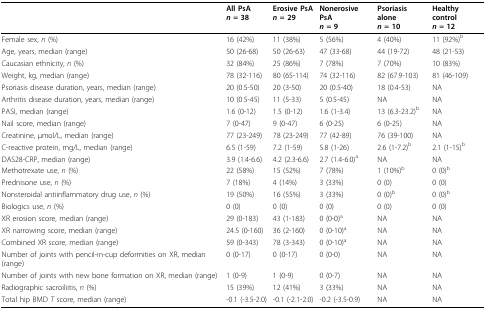
<table><thead><tr><td></td><td><b>All PsA<i>n </i>= 38</b></td><td><b>Erosive PsA<i>n </i>= 29</b></td><td><b>Nonerosive PsA<i>n </i>= 9</b></td><td><b>Psoriasis alone<i>n </i>= 10</b></td><td><b>Healthy control<i>n </i>= 12</b></td></tr></thead><tbody><tr><td>Female sex, <i>n </i>(%)</td><td>16 (42%)</td><td>11 (38%)</td><td>5 (56%)</td><td>4 (40%)</td><td>11 (92%)<sup>b</sup></td></tr><tr><td>Age, years, median (range)</td><td>50 (26-68)</td><td>50 (26-63)</td><td>47 (33-68)</td><td>44 (19-72)</td><td>48 (21-53)</td></tr><tr><td>Caucasian ethnicity, <i>n </i>(%)</td><td>32 (84%)</td><td>25 (86%)</td><td>7 (78%)</td><td>7 (70%)</td><td>10 (83%)</td></tr><tr><td>Weight, kg, median (range)</td><td>78 (32-116)</td><td>80 (65-114)</td><td>74 (32-116)</td><td>82 (67.9-103)</td><td>81 (46-109)</td></tr><tr><td>Psoriasis disease duration, years, median (range)</td><td>20 (0.5-50)</td><td>20 (3-50)</td><td>20 (0.5-40)</td><td>18 (0.4-53)</td><td>NA</td></tr><tr><td>Arthritis disease duration, years, median (range)</td><td>10 (0.5-45)</td><td>11 (5-33)</td><td>5 (0.5-45)</td><td>NA</td><td>NA</td></tr><tr><td>PASI, median (range)</td><td>1.6 (0-12)</td><td>1.5 (0-12)</td><td>1.6 (1-3.4)</td><td>13 (6.3-23.2)<sup>b</sup></td><td>NA</td></tr><tr><td>Nail score, median (range)</td><td>7 (0-47)</td><td>9 (0-47)</td><td>6 (0-25)</td><td>6 (0-25)</td><td>NA</td></tr><tr><td>Creatinine, μmol/L, median (range)</td><td>77 (23-249)</td><td>78 (23-249)</td><td>77 (42-89)</td><td>76 (39-100)</td><td>NA</td></tr><tr><td>C-reactive protein, mg/L, median (range)</td><td>6.5 (1-59)</td><td>7.2 (1-59)</td><td>5.8 (1-26)</td><td>2.6 (1-7.2)<sup>b</sup></td><td>2.1 (1-15)<sup>b</sup></td></tr><tr><td>DAS28-CRP, median (range)</td><td>3.9 (1.4-6.6)</td><td>4.2 (2.3-6.6)</td><td>2.7 (1.4-6.0)<sup>a</sup></td><td>NA</td><td>NA</td></tr><tr><td>Methotrexate use, <i>n </i>(%)</td><td>22 (58%)</td><td>15 (52%)</td><td>7 (78%)</td><td>1 (10%)<sup>b</sup></td><td>0 (0)<sup>b</sup></td></tr><tr><td>Prednisone use, <i>n </i>(%)</td><td>7 (18%)</td><td>4 (14%)</td><td>3 (33%)</td><td>0 (0)</td><td>0 (0)</td></tr><tr><td>Nonsteroidal antiinflammatory drug use, <i>n </i>(%)</td><td>19 (50%)</td><td>16 (55%)</td><td>3 (33%)</td><td>0 (0)<sup>b</sup></td><td>0 (0)<sup>b</sup></td></tr><tr><td>Biologics use, <i>n </i>(%)</td><td>0 (0)</td><td>0 (0)</td><td>0 (0)</td><td>0 (0)</td><td>0 (0)</td></tr><tr><td>XR erosion score, median (range)</td><td>29 (0-183)</td><td>43 (1-183)</td><td>0 (0-0)<sup>a</sup></td><td>NA</td><td>NA</td></tr><tr><td>XR narrowing score, median (range)</td><td>24.5 (0-160)</td><td>36 (2-160)</td><td>0 (0-10)<sup>a</sup></td><td>NA</td><td>NA</td></tr><tr><td>Combined XR score, median (range)</td><td>59 (0-343)</td><td>78 (3-343)</td><td>0 (0-10)<sup>a</sup></td><td>NA</td><td>NA</td></tr><tr><td>Number of joints with pencil-in-cup deformities on XR, median (range)</td><td>0 (0-17)</td><td>0 (0-17)</td><td>0 (0-0)</td><td>NA</td><td>NA</td></tr><tr><td>Number of joints with new bone formation on XR, median (range)</td><td>1 (0-9)</td><td>1 (0-9)</td><td>0 (0-7)</td><td>NA</td><td>NA</td></tr><tr><td>Radiographic sacroiliitis, <i>n </i>(%)</td><td>15 (39%)</td><td>12 (41%)</td><td>3 (33%)</td><td>NA</td><td>NA</td></tr><tr><td>Total hip BMD <i>T </i>score, median (range)</td><td>-0.1 (-3.5-2.0)</td><td>-0.1 (-2.1-2.0)</td><td>-0.2 (-3.5-0.9)</td><td>NA</td><td>NA</td></tr></tbody></table>